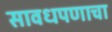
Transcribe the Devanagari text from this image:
सावधपणाचा